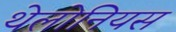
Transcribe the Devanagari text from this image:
थेलोनियस